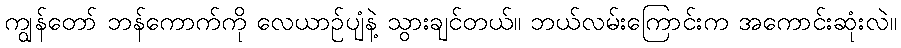
ကျွန်တော် ဘန်ကောက်ကို လေယာဉ်ပျံနဲ့ သွားချင်တယ်။ ဘယ်လမ်းကြောင်းက အကောင်းဆုံးလဲ။